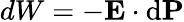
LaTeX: dW=-\mathbf{E}\cdot\mathrm{d}\mathbf{P}